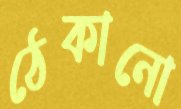
ঠেকানো